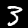
Label: 3